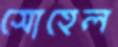
সোহেল